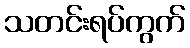
သတင်းရပ်ကွက်